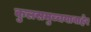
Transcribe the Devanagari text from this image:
कुलसमुच्चयाबाहेर